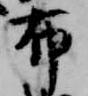
布